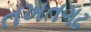
તખતગઢ